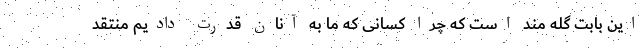
این بابت گله مند است که چرا کسانی که ما به آنان قدرت دادیم منتقد